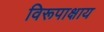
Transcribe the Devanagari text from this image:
विरूपाक्षाय